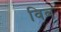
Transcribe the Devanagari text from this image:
विब